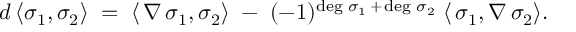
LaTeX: d \, \langle \sigma _ { 1 } , \sigma _ { 2 } \rangle \; = \; \langle \, \nabla \, \sigma _ { 1 } , \sigma _ { 2 } \rangle \; - \; ( - 1 ) ^ { \deg \, \sigma _ { 1 } \, + \, \deg \, \sigma _ { 2 } } \; \langle \, \sigma _ { 1 } , \nabla \, \sigma _ { 2 } \rangle .